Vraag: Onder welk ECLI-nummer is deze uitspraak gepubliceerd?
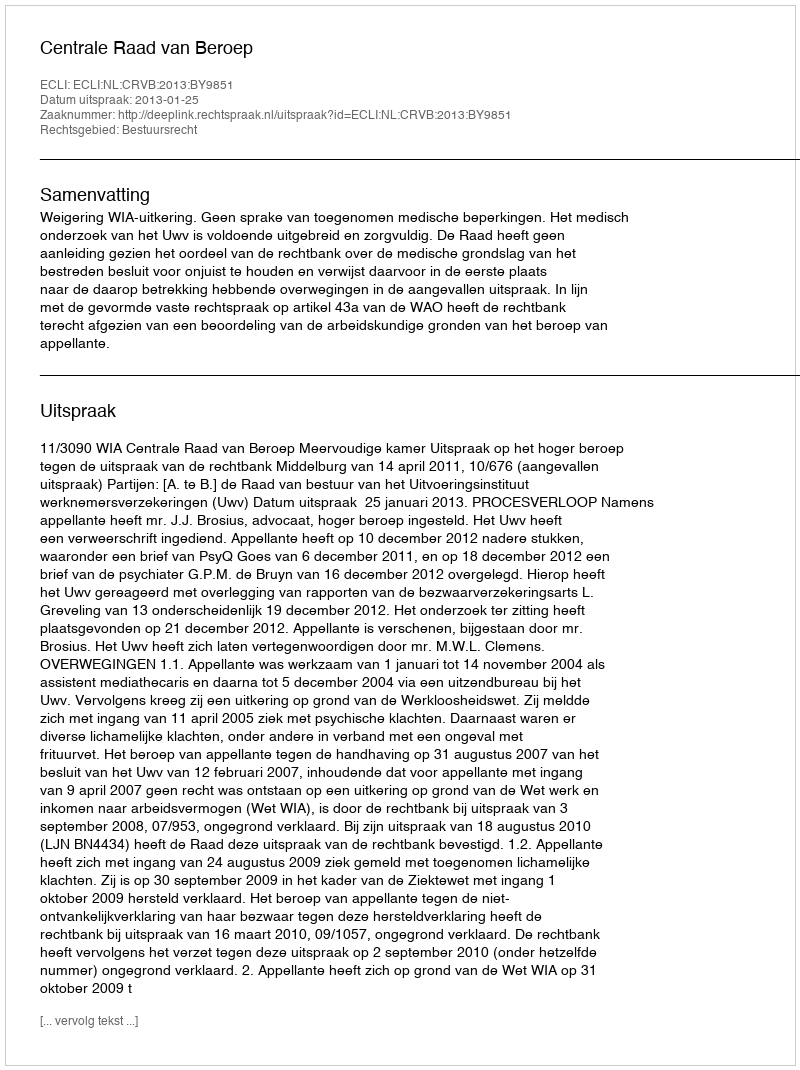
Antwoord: ECLI:NL:CRVB:2013:BY9851